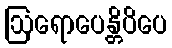
ဩရောပေန္တိပိပေ